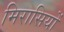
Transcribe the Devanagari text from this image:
मिरासियों